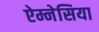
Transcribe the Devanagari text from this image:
ऐम्नेसिया